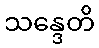
သန္ဒေတိ